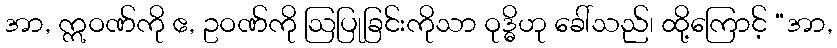
အာ, ဣဝဏ်ကို ဧ, ဥဝဏ်ကို ဩပြုခြင်းကိုသာ ဝုဒ္ဓိဟု ခေါ်သည်၊ ထို့ကြောင့် “အာ,